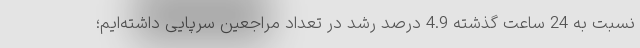
نسبت به 24 ساعت گذشته 4.9 درصد رشد در تعداد مراجعین سرپایی داشته‌ایم؛